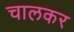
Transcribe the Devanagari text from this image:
चालकर